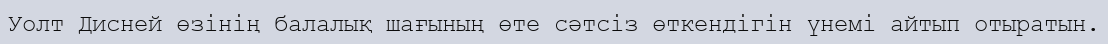
Уолт Дисней өзінің балалық шағының өте сәтсіз өткендігін үнемі айтып отыратын.